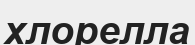
хлорелла